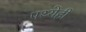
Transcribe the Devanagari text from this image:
पथ्येही